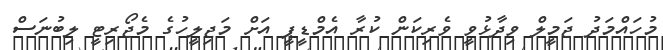
މުހައްމަދު ޖަމީލް ވިދާޅުވީ ވެރިކަން ކުރާ އެމްޑީޕީ އަށް މަޖިލީހުގެ މެޖޯރިޓީ ލިބުނަސް